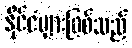
နိုင်ငံများဖြစ်သည်